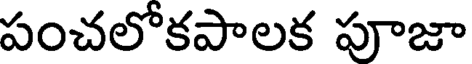
పంచలోకపాలక పూజా